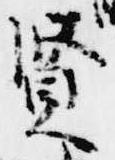
賢